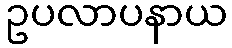
ဥပလာပနာယ